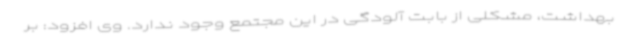
بهداشت، مشکلی از بابت آلودگی در این مجتمع وجود ندارد. وی افزود: بر